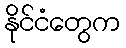
နိုင်ငံတွေက